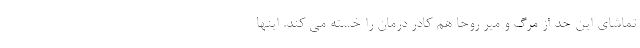
تماشای این حد از مرگ و میر روحا هم کادر درمان را خسته می کند. اینها